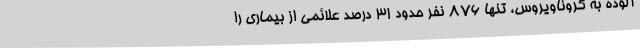
آلوده به کروناویروس، تنها 876 نفر حدود 31 درصد علائمی از بیماری را